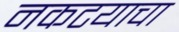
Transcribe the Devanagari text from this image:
नकटयाचा